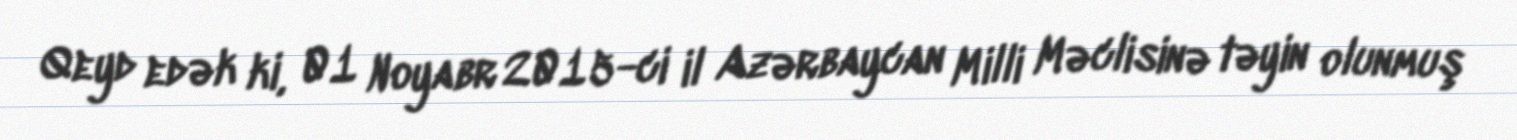
Qeyd edək ki, 01 Noyabr 2015-ci il Azərbaycan Milli Məclisinə təyin olunmuş